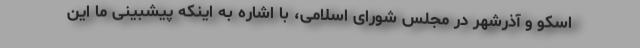
اسکو و آذرشهر در مجلس شورای اسلامی، با اشاره به اینکه پیشبینی ما این